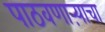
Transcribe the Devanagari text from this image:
पाठवणाऱ्याचा